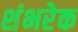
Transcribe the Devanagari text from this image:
शंभरेक